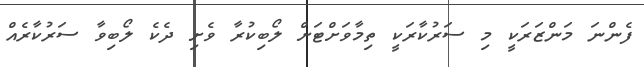
ފެންނަ މަންޒަރަކީ މި ސަރުކާރަކީ ތިމާވަށްޓަށް ލޯބިކުރާ ވެށި ދެކެ ލޯބިވާ ސަރުކާރެއް